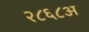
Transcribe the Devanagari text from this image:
२८६८अ